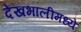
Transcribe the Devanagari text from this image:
देखभालीमध्ये